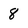
Character: 8